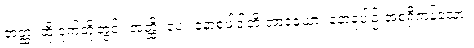
တတ္ထ၊ ထို ဒုက်တို့တွင်။ အတ္ထိ၊ ပေ။ နောစုပါဒါတိ အာဒယော၊ နောခုပါဉ် အစရှိကုန်သော။